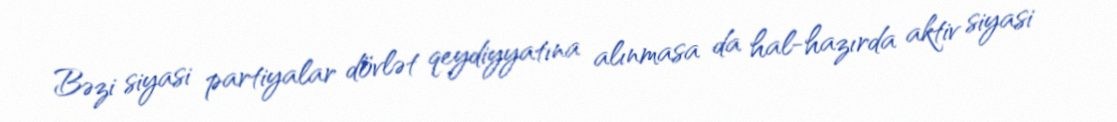
Bəzi siyasi partiyalar dövlət qeydiyyatına alınmasa da hal-hazırda aktiv siyasi